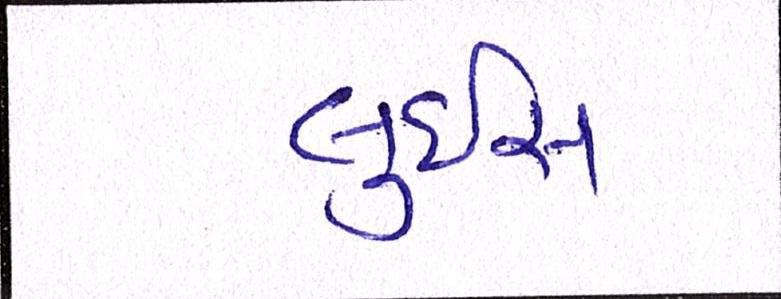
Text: લુઇસ